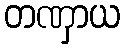
တဏှာယ